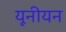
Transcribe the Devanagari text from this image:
यूनीयन